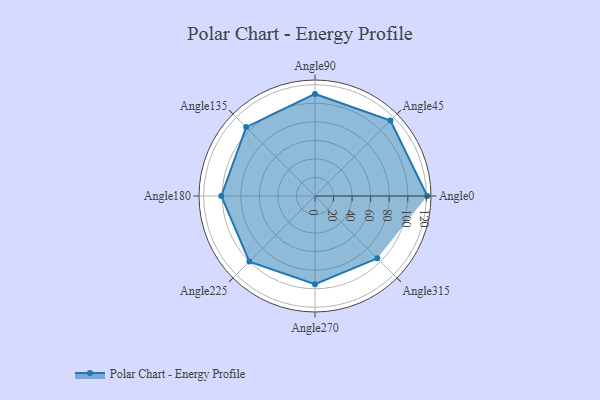
{"axis": {"x": "Angle", "y": "Radius"}, "legend": [""], "data": [{"x": "Angle0", "y": 121.0, "type": ""}, {"x": "Angle45", "y": 115.0, "type": ""}, {"x": "Angle90", "y": 110.0, "type": ""}, {"x": "Angle135", "y": 105.0, "type": ""}, {"x": "Angle180", "y": 101.0, "type": ""}, {"x": "Angle225", "y": 100.0, "type": ""}, {"x": "Angle270", "y": 95.0, "type": ""}, {"x": "Angle315", "y": 95.0, "type": ""}]}